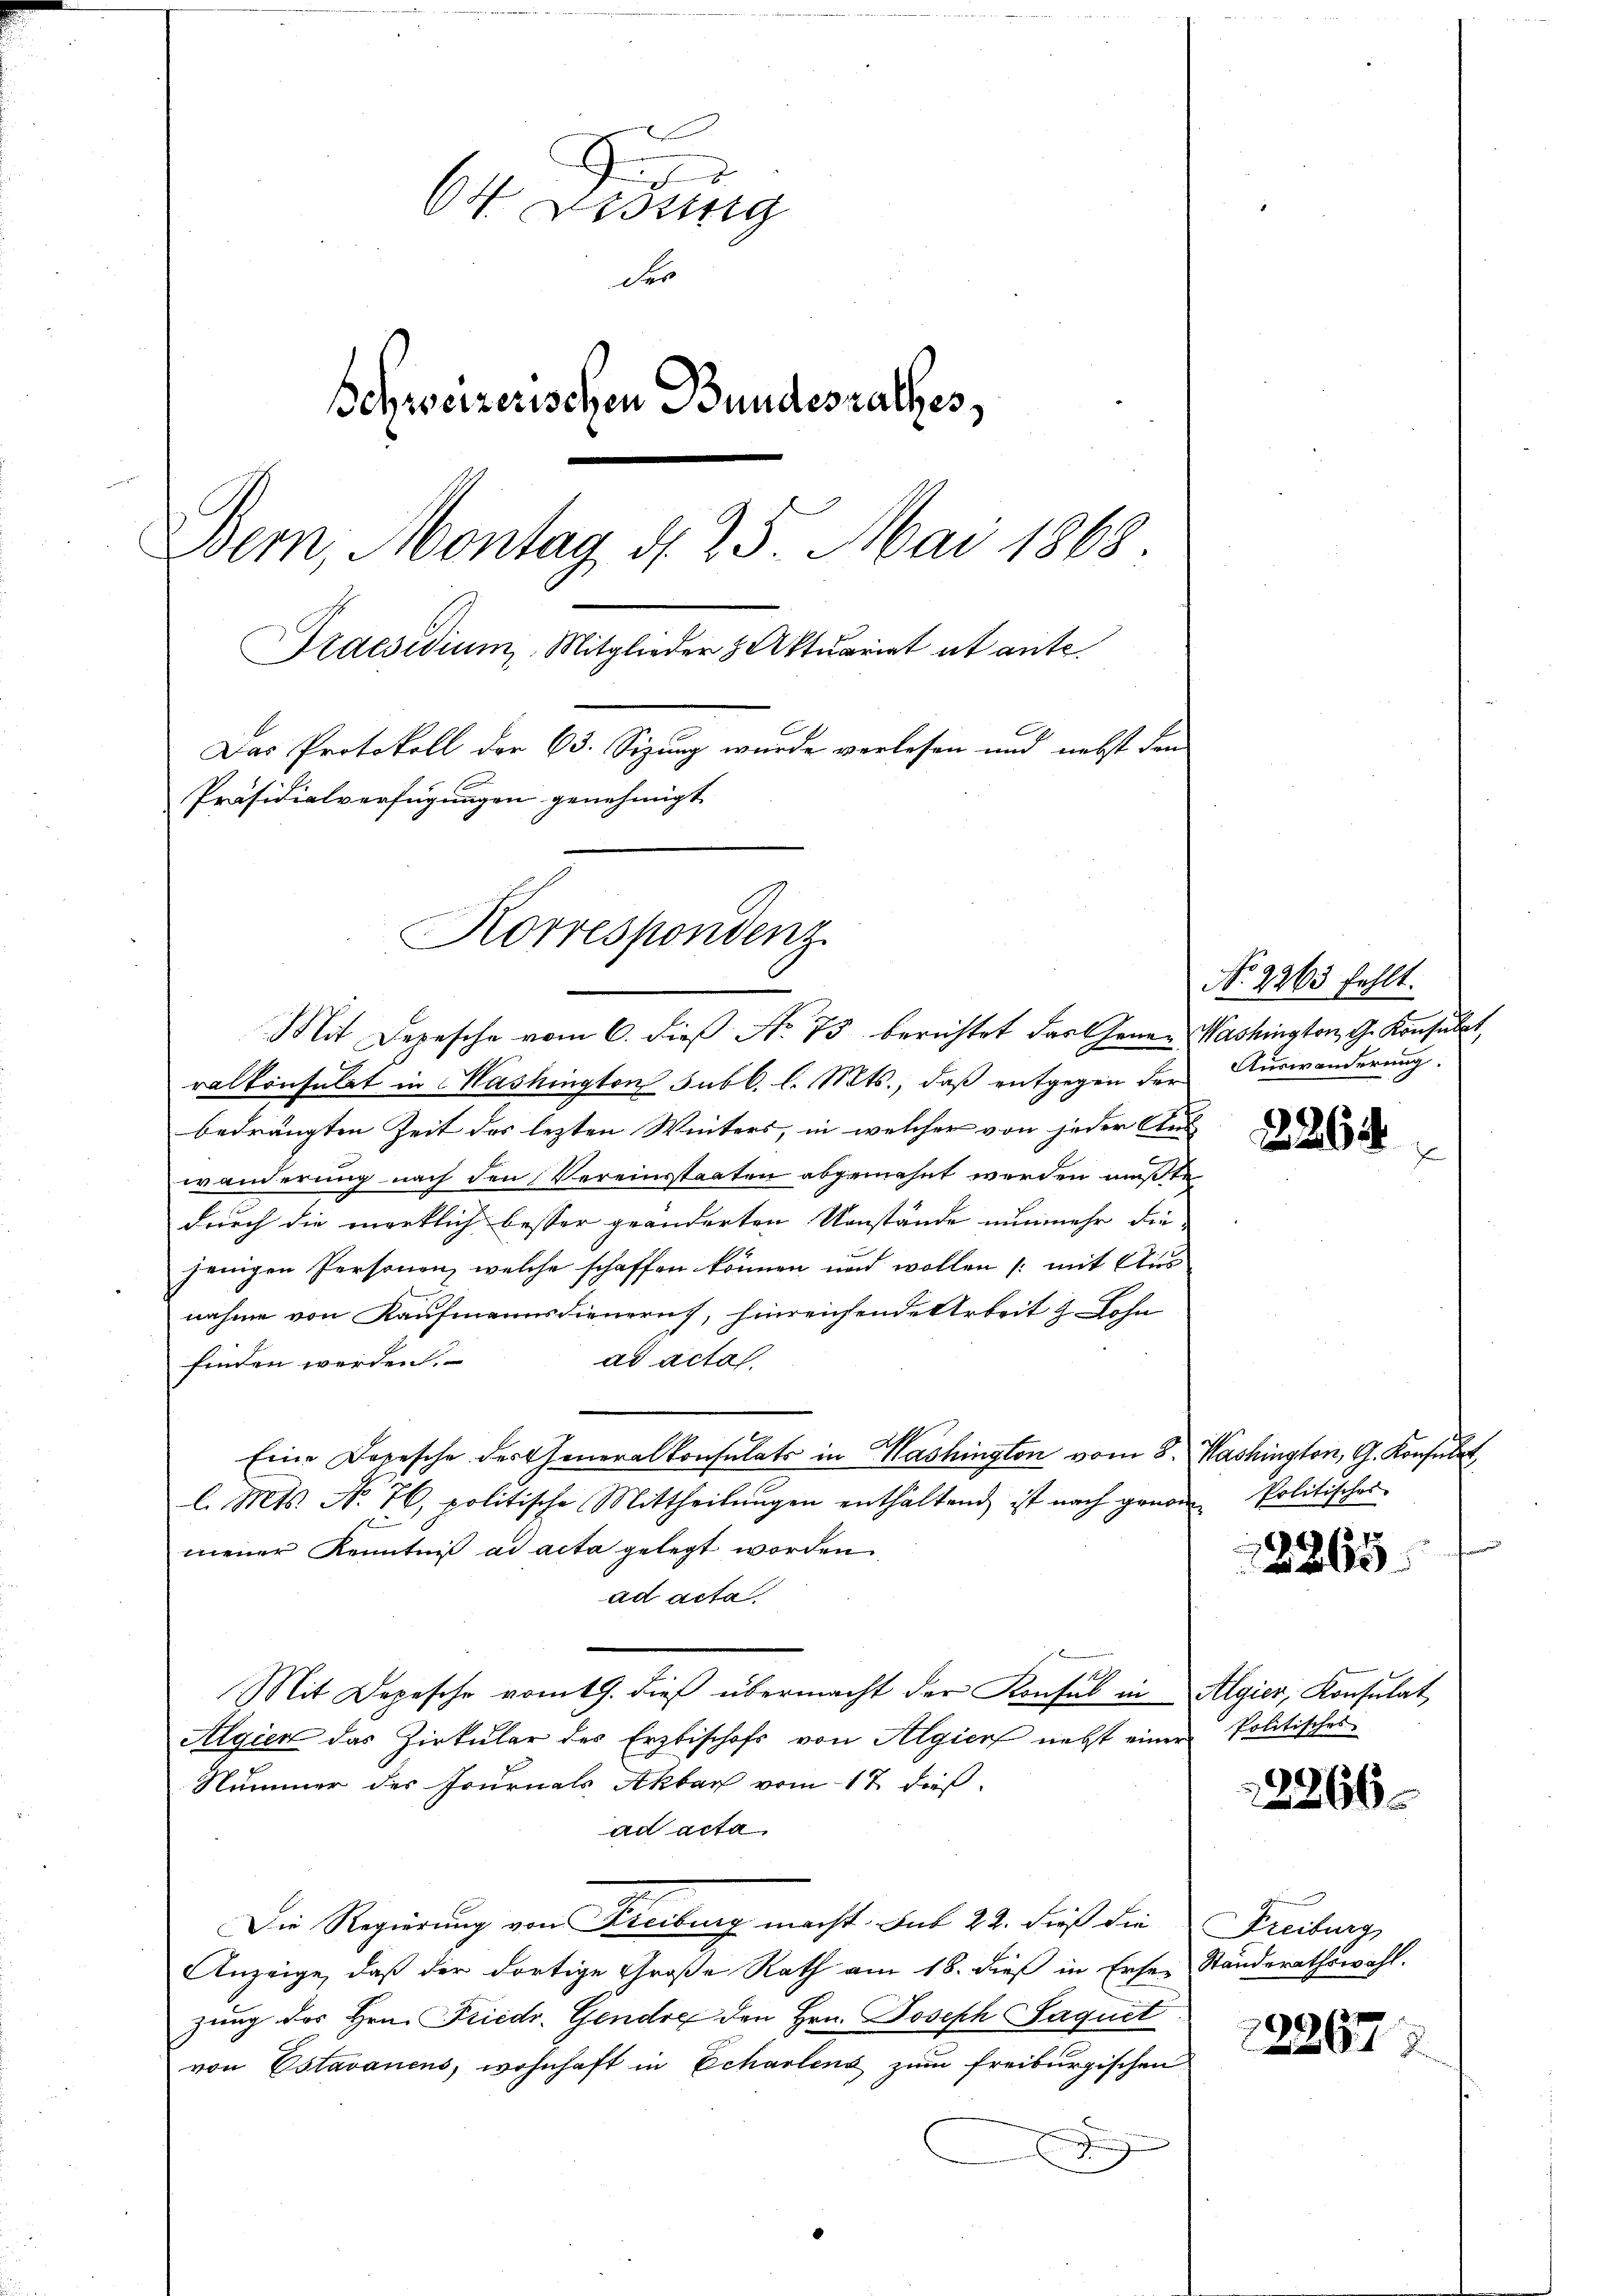
i
 Ding
der
Schweizerischen Bundesrathes,
Bern, Montag d. 25. Mai 1868.
Praesidium Mitglieder Aktuariat et ante.
Das Protokoll der 63. Sizung wurde verlesen und nebst den
Präsidialverfügungen genehmigt
Korrespondenz

Mit Depesche vom 6. die No. 75 berichtet das Gener Washington, G. Konsulat,
ralkonsulat in Mashington subl. l. Mts., daß entgegen der Auswanderung.
bedrängten Zeit des lezten Winters, in welcher von jeder Aus
wänderung nach den Vereinsstaaten abgemahnt werden mußte
durch die merklich besser geänderten Umstände nunmehr die-
jenigen Personen, welche schaffen können und wollen (mit Aus
nahme von Kaufmannsdienern, hinreichende Arbeit & Lohn
ad acta.
finden werden.
Eine Depesche der Generalkonsulats in Mashington vom 8. Washington, G. Konsulat
l. Mts. No. 76, politische Mittheilŭngen enthaltend ist nach genom Politisches
mener Kenntniß ad acta gelegt worden
ad acta
Mit Depesche vom 19. dieβ übermacht der Konsul in Algier, Konsulat
Algien das Zirkular des Erzbischofs von Algien nebst einer Politisches
Nummer des Journals Akbar vom 17. dieß
ad acta,
Die Regierung von Freibung macht. Bat 22. dieß die Freiburg
Anzeige, daß der dortige Große Rath am 18. dieß in Erser Standerathswahl.
zung des Hrn. Friedr. Gendre den Hrn. Joseph Saquet
von Estavanens, wohnhaft in Echarlens zum freiburgischen
g

No. 2265 fehlt.

2264

2265

23266

222677